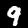
Label: 9